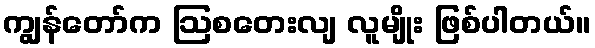
ကျွန်တော်က ဩစတေးလျ လူမျိုး ဖြစ်ပါတယ်။